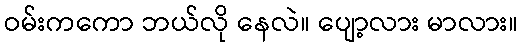
ဝမ်းကကော ဘယ်လို နေလဲ။ ပျော့လား မာလား။